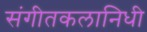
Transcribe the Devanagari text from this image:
संगीतकलानिधी